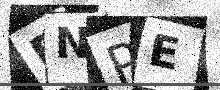
Text: BNPE